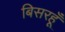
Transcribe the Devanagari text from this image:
बिसरहूँ